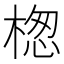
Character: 楤